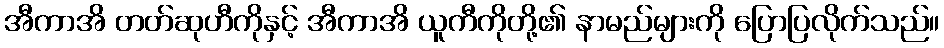
အီကာအိ တတ်ဆုဟီကိုနှင့် အီကာအိ ယူကီကိုတို့၏ နာမည်များကို ပြောပြလိုက်သည်။